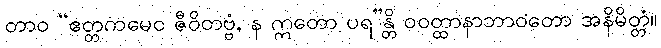
တာဝ “ဧတ္တကမေဝ ဇီဝိတဗ္ဗံ, န ဣတော ပရ”န္တိ ဝဝတ္ထာနာဘာဝတော အနိမိတ္တံ။